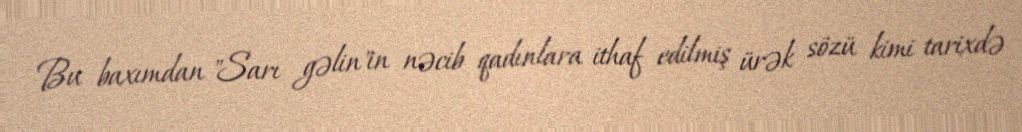
Bu baxımdan "Sarı gəlin"in nəcib qadınlara ithaf edilmiş ürək sözü kimi tarixdə